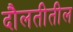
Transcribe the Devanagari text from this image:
दौलतीतील